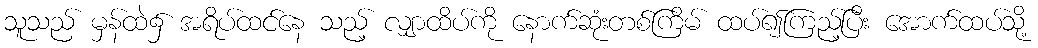
သူသည် မှန်ထဲ၌ အရိပ်ထင်နေ သည့် လျှာထိပ်ကို နောက်ဆုံးတစ်ကြိမ် ထပ်၍ကြည့်ပြီး အောက်ထပ်သို့